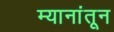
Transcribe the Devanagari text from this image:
म्यानांतून